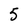
Character: 5